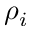
\rho _ { i }